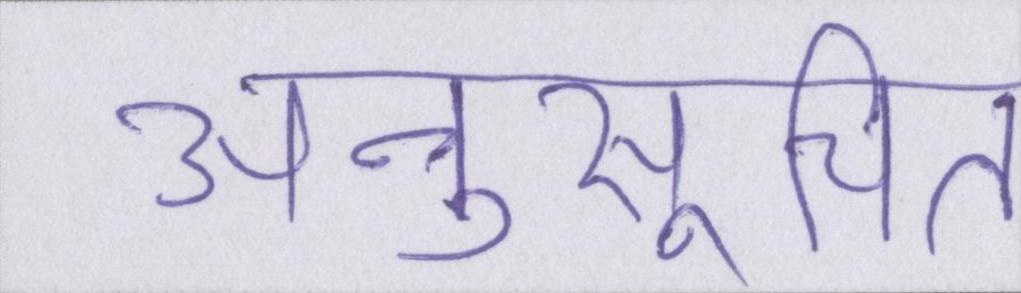
अनुसूचित